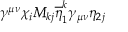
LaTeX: \gamma ^ { \mu \nu } \chi _ { i } M _ { k j } \overline { { { \eta } } } _ { 1 } ^ { k } \gamma _ { \mu \nu } \eta _ { 2 j }